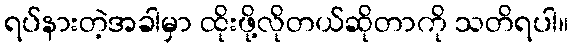
ရပ်နားတဲ့အခါမှာ ထိုးဖို့လိုတယ်ဆိုတာကို သတိရပါ။